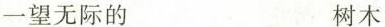
一望无际的 树木